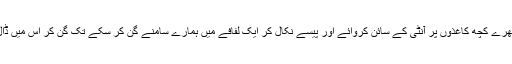
اس نے ضروری فارم بھرے کچھ کاغذوں پر آنٹی کے سائن کروائے اور پیسے نکال کر ایک لفافے میں ہمارے سامنے گن کر سکے تک گن کر اس میں ڈال کر آنٹی کو دے دئیے۔